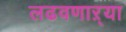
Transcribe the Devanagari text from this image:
लढवणाऱ्या